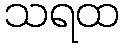
သရထ